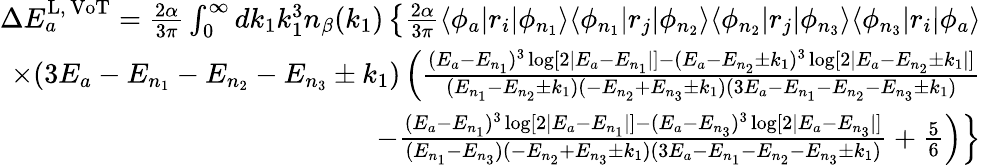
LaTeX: \begin{array}{r}{\Delta E_{a}^{\mathrm{L,\, VoT}}=\frac{2\alpha}{3\pi}\int_{0}^{\infty}dk_{1}k_{1}^{3}n_{\beta}(k_{1})\left\lbrace\frac{2\alpha}{3\pi}\langle\phi_{a}|r_{i}|\phi_{n_{1}}\rangle\langle\phi_{n_{1}}|r_{j}|\phi_{n_{2}}\rangle\langle\phi_{n_{2}}|r_{j}|\phi_{n_{3}}\rangle\langle\phi_{n_{3}}|r_{i}|\phi_{a}\rangle\right.}\\ {\times(3E_{a}-E_{n_{1}}-E_{n_{2}}-E_{n_{3}}\pm k_{1})\left(\frac{(E_{a}-E_{n_{1}})^{3}\log[2|E_{a}-E_{n_{1}}|]-(E_{a}-E_{n_{2}}\pm k_{1})^{3}\log[2|E_{a}-E_{n_{2}}\pm k_{1}|]}{(E_{n_{1}}-E_{n_{2}}\pm k_{1})(-E_{n_{2}}+E_{n_{3}}\pm k_{1})(3E_{a}-E_{n_{1}}-E_{n_{2}}-E_{n_{3}}\pm k_{1})}\right.}\\ {\left.\left.-\frac{(E_{a}-E_{n_{1}})^{3}\log[2|E_{a}-E_{n_{1}}|]-(E_{a}-E_{n_{3}})^{3}\log[2|E_{a}-E_{n_{3}}|]}{(E_{n_{1}}-E_{n_{3}})(-E_{n_{2}}+E_{n_{3}}\pm k_{1})(3E_{a}-E_{n_{1}}-E_{n_{2}}-E_{n_{3}}\pm k_{1})}+\frac{5}{6}\right)\right\rbrace}\end{array}